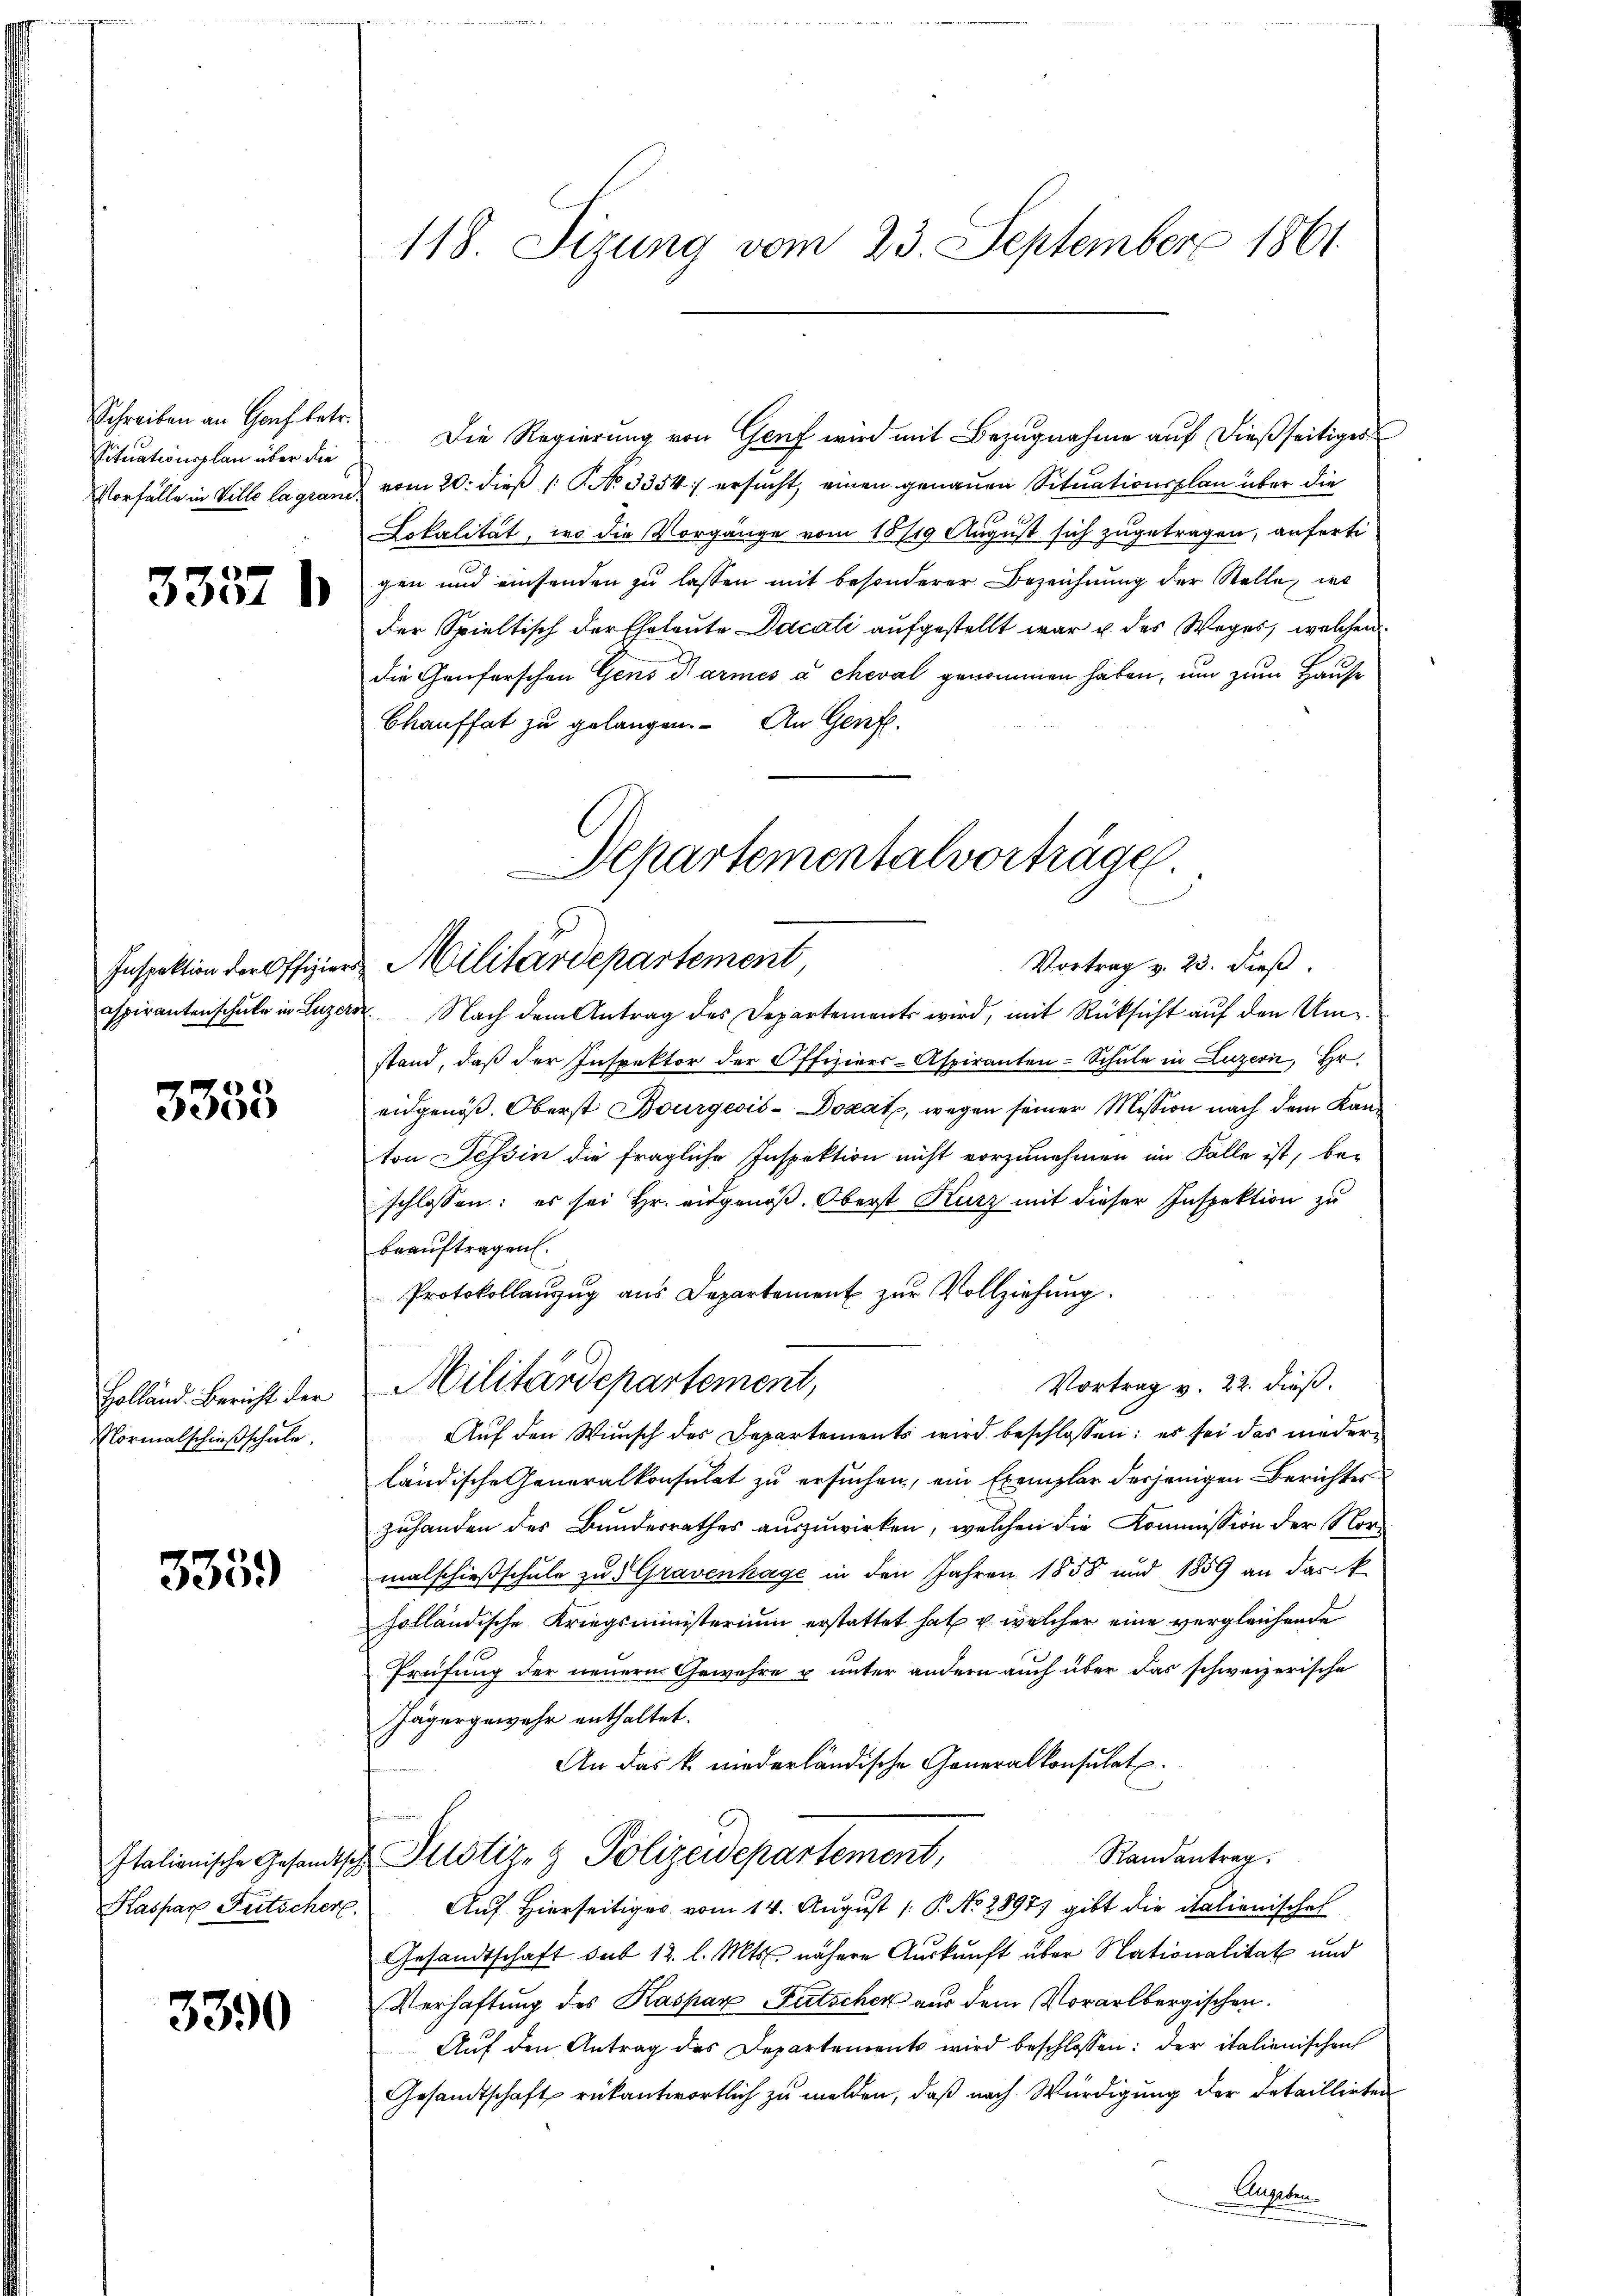
Schreiben an Genf betr.
Situationsplan über die

3337 b

Inspektion der Offiziersaspirantenschule in Luzern

3333

Holländ. Bericht der
Mormalschießschule.

3359

Italienische Gesandtsch
Kaspar Feitscher.

3390

ch

Die Regierung von Genf wird mit Bezugnahme auf dießseitiges
Vorfälle in Ville lagrand vom 20. dieß (: No 3354) ersucht, einen genauen Situationsplan über die
Lokalität, wo die Vorgänge vom 18719 August sich zugetragen, anfertigen und einsenden zu lassen mit besonderer Bezeichnung der Stellen wo
der Spieltisch der Eheleute Dacati aufgestellt war u. des Weges, welchen
die Genferschen Gens Barmés a cheval genommen haben, um zum Hause
Bkauffat zu gelangen. An Genfe

118. Sizung vom 23. September 1861

Departementalvorträge.
Militärdepartement,
Vortrag v. 23. dieß.

Militärdepartement,

Nach dem Antrag des Departements wird, mit Rücksicht auf den Umstand, daß der Inspektor der Offiziers-Aspiranten-Schule in Luzern, Hr.
eidgenöß. Oberst Bourgeois-Dozat, wegen seiner Mission nach dem Kanton Tessin die fragliche Inspektion nicht vorzunehmen im Falle ist, be-
schlossen: es sei Hr. eidgenöß. Oberst Kurz mit dieser Inspektion zu
beauftragen.
Protokollauszug aus Departement zur Vollziehung.
Auf den Wunsch des Departements wird beschlossen: es sei das niederländische Generalkonsulat zu ersuchen, ein Exemplar derjenigen Berichtes
zuhanden des Bundesrathes auszuwirken, welchen die Kommission der Normalschießschule zu Gravenhage in den Jahren 1858 und 1859 an das k.
holländische Kriegsministerium erstattet hat u. welcher eine vergleichende
Prüfung der neuern Gewehre u unter andern auch über das schweizerische
Jägergewehr enthaltet.
An das k. niederländische Generalkonsulat
Justiz- & Polizeidepartement,
Randantrag.
Auf Hierseitiges vom 14. August 1 P. No. 28933 gibt die italienische
Gesandtschaft sub 12. l. Mts. nähere Auskunft über Nationalität und
Verhaftung des Kaspar Futscher aus dem Vorarlbergischen.
Auf den Antrag des Departements wird beschlossen: der italienischen
Gesandtschaft rükantwortlich zu melden, daß nach Würdigung der Detaillieten
Zugeben

Vortrag v. 22. dieß.